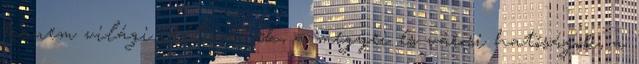
hanem világi ítélőszékek, a megyei és városi hatóságok, a